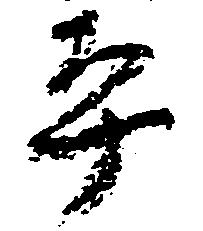
平